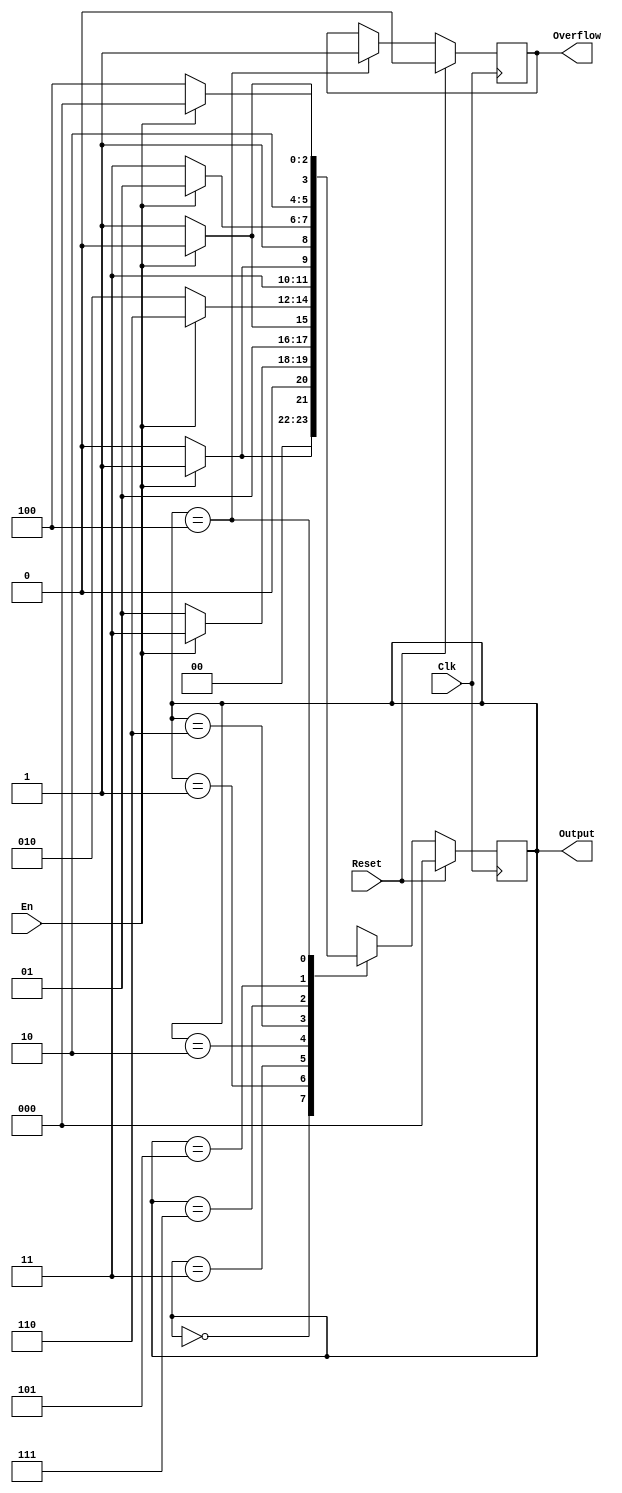
`timescale 1ns / 1ps
//////////////////////////////////////////////////////////////////////////////////
// Company:
// Engineer:
//
// Design Name:
// Module Name:    gray
// Project Name:
// Target Devices:
// Tool versions:
// Description:
//
// Dependencies:
//
// Revision:
// Revision 0.01 - File Created
// Additional Comments:
//
//////////////////////////////////////////////////////////////////////////////////
module gray(input Clk,
            input Reset,
            input En,
            output reg [2:0] Output,
            output reg Overflow);

    initial begin
        Output = 0;
        Overflow = 0;
    end
    
    always @(posedge Clk) begin
        if (Reset == 1) begin
            Output   <= 1'b0;
            Overflow <= 1'b0;
        end
        else begin
            case (Output)
                3'b000 : Output <= En ? 3'b001 : 3'b000;
                3'b001 : Output <= En ? 3'b011 : 3'b001;
                3'b011 : Output <= En ? 3'b010 : 3'b011;
                3'b010 : Output <= En ? 3'b110 : 3'b010;
                3'b110 : Output <= En ? 3'b111 : 3'b110;
                3'b111 : Output <= En ? 3'b101 : 3'b111;
                3'b101 : Output <= En ? 3'b100 : 3'b101;
                3'b100 : begin
                    Output   <= En ? 3'b000 : 3'b100;
                    Overflow <= 1'b1;
                end
                
                default: begin
                    Output   <= 3'bxxx;
                    Overflow <= 1'bx;
                end
            endcase
        end
    end
    
endmodule